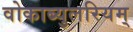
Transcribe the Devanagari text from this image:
वोकाब्युलरियम्